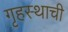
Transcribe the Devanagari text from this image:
गृहस्थाची